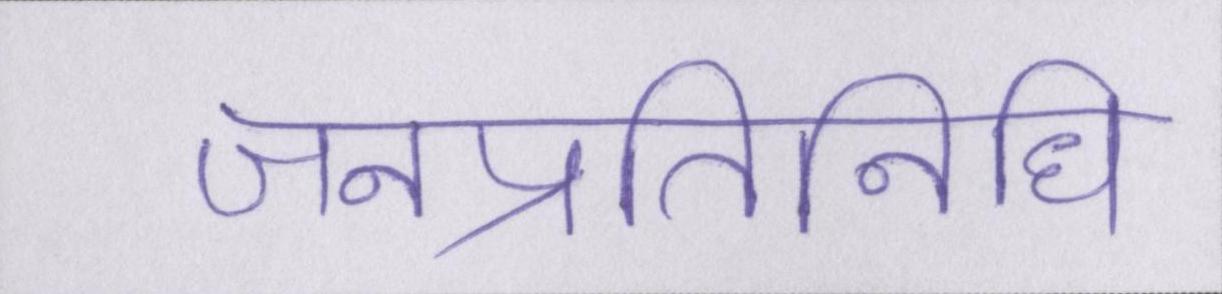
जनप्रतिनिधि